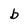
Character: b